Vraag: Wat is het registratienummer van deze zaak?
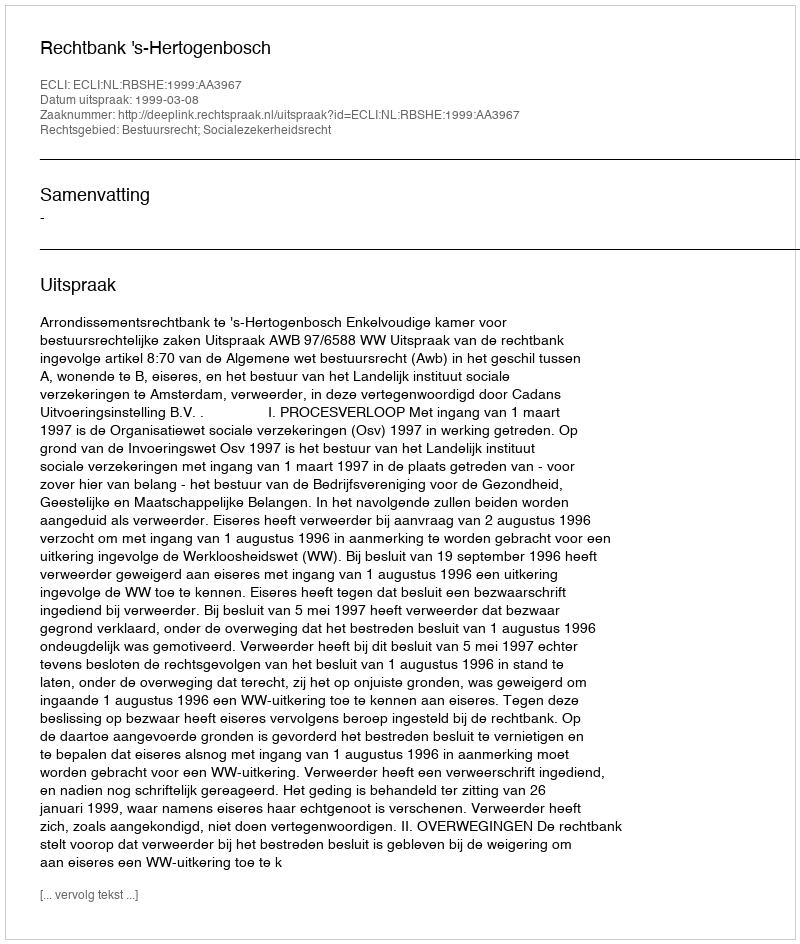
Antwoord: http://deeplink.rechtspraak.nl/uitspraak?id=ECLI:NL:RBSHE:1999:AA3967